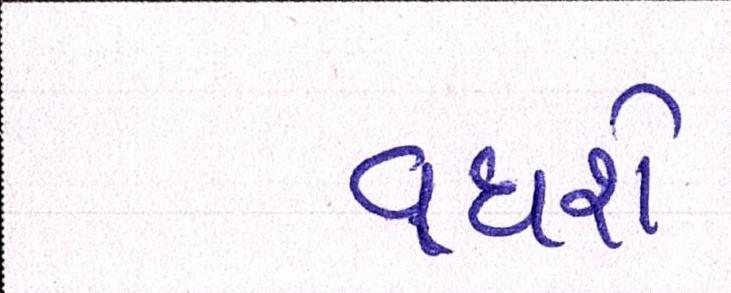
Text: વધશે